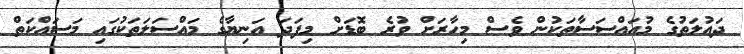
ދައުލަތުގެ މުއައްސަސާތަކުން ވެސް މިހާރަށް ވުރެ ބޮޑަށް މިފަދަ އަނިޔާގެ މައްސަލަތަކުގައި މަސައްކަތް